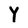
Character: Y